Annual report on the working of the mental hospitals in the Madras Presidency - 1912-1932
Year: 1912
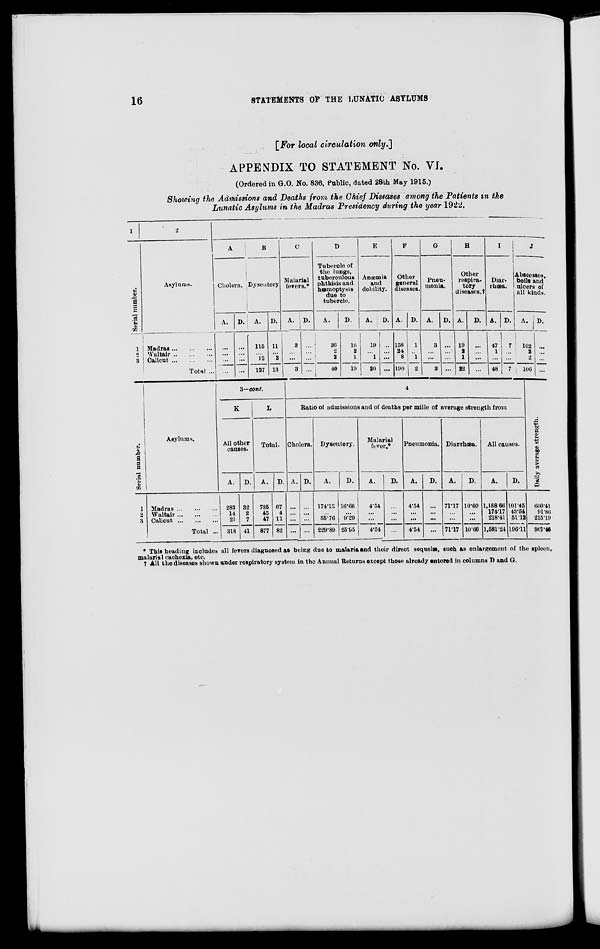
16
STATEMENTS OF THE LUNATIC ASYLUMS
[For local circulation only.]
APPENDIX TO STATEMENT No. VI.
(Ordered in G.O. No. 836, Public, dated 28th May 1915.)
Showing the Admissions and Deaths from the Chief Diseases among the Patients in the
Lunatic Asylums in the Madras Presidency during the year 1922.
1
Serial number.
1
2
3
2
Asylums.
Madras ... ... ...
Waltair ... ... ...
Calicut
...
...
...
Total ...
3
A
Cholera.
A.
...
...
...
...
D.
...
...
...
...
B
Dysentery
A.
115
...
12
127
D.
11
...
2
13
C
Malarial
fevers.*
A.
3
...
...
3
D.
...
...
...
...
D
Tubercle of
the lungs,
tuberculous
phthisis and
hæmoptysis
due to
tubercle.
A.
36
2
2
40
D.
16
2
1
19
E
Anæmia
and
debility.
A.
19
...
1
20
D.
...
...
...
...
F
Other
general
diseases.
A.
158
24
8
190
D.
1
...
1
2
G
Pneu-
monia.
A.
3
...
...
3
D.
...
...
...
...
H
Other
respira-
tory
diseases.†
A.
19
2
1
22
D.
...
...
...
...
I
Diar-
rhœa.
A.
47
1
...
48
D.
7
...
...
7
J
Abscesses,
boils and
ulcers of
all kinds.
A.
102
2
2
106
D.
...
...
...
...
Serial number.
1
2
3
Asylums.
Madras
...
...
...
Waltair ... ... ...
Calicut
...
...
...
Total ...
3—cont.
K
All other
causes.
A.
283
14
21
318
D.
32
2
7
41
L
Total.
A.
785
45
47
877
D.
67
4
11
82
4
Ratio of admissions and of deaths per mille of average strength from
Cholera.
A.
...
...
...
...
D.
...
...
...
...
Dysentery.
A.
174.13
...
55.76
229.89
D.
16.66
...
9.29
25.95
Malarial
fever.*
A.
4.54
...
...
4.54
D.
...
...
...
Pneumonia.
A.
4.54
...
...
4.54
D.
...
...
...
...
Diarrhœa.
A.
71.17
...
...
71.17
D.
10.60
...
...
10.60
All causes.
A.
1,188.66
174.17
218.41
1,581.24
D.
101.45
43.54
51.12
196.11
Daily average strength.
660.41
91.86
215.19
967.46
* This heading includes all fevers diagnosed as being due to malaria and their direct sequelæ, such as enlargement of the spleen,
malarial cachexia, etc.
† All the diseases shown under respiratory system in the Annual Returns except those already entered in columns D and G.